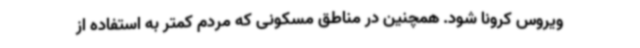
ویروس کرونا شود. همچنین در مناطق مسکونی که مردم کمتر به استفاده از